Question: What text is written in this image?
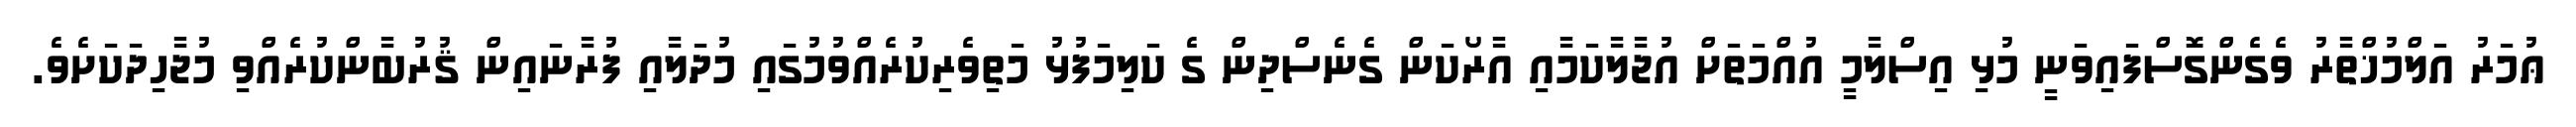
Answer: ޢުމަރު އަލްމުޚްތާރު ވެގެންގޮސްފައިވަނީ މުޅި އިސްލާމީ އުއްމަތަށް އުޖާލާކަމާއި އާރޯކަން ގެނެސްދިން ގެ ކަލިމަފުޅު މަތިވެރިކުރެއްވުމުގައި މުދަލާއި ފުރާނައިން ޤުރުބާންކުރެއްވި މުޖާހިދަކަށެވެ.